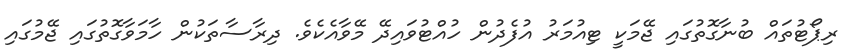
ރިޕޯޓުތައް ބުނާގޮތުގައި ޖޭމަކީ ޓިއުމަރު އުފެދުން ހުއްޓުވައިދޭ މޭވާއެކެވެ. ދިރާސާތަކުން ހާމަވާގޮތުގައި ޖޭމުގައި